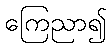
ကြေညာ၍